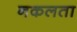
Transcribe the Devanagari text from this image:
नकलता